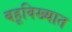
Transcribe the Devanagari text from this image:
बहूविख्यात